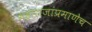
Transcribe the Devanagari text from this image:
महाराजांप्रमाणेच